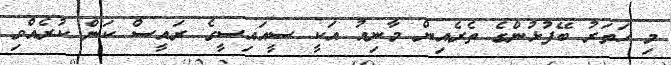
މި ހަތަރު ބޭފުޅުންގެ ތެރެއިން މާނިއު އަކީ ސީއައިސީގެ ރައީސް ކަން ކުރެއްވި